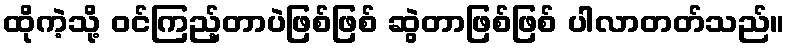
ထိုကဲ့သို့ ဝင်ကြည့်တာပဲဖြစ်ဖြစ် ဆွဲတာဖြစ်ဖြစ် ပါလာတတ်သည်။